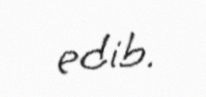
edib.